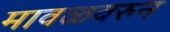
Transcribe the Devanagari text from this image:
मावळवरुन